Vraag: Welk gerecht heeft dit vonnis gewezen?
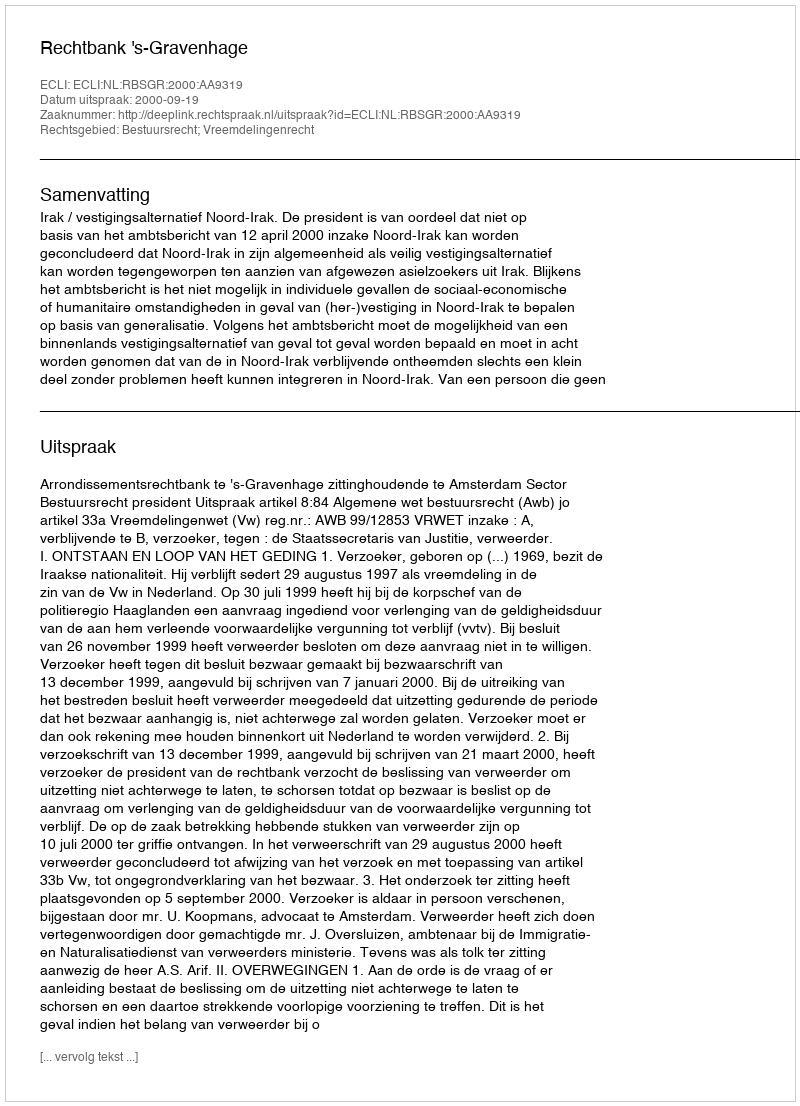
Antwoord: Rechtbank 's-Gravenhage